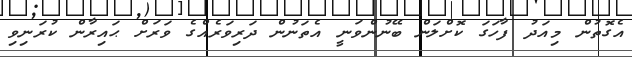
އެގޮތުން މިއަދު ފާހަގަ ކޮށްލަން ބޭނުންވަނީ އެތަނުން ދަރިވަރެއްގެ ވަރަށް ޙައިރާން ކުރަނިވި